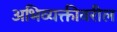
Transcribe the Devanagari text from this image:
अभिव्यक्तीवरील